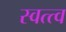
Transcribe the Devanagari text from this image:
स्वत्त्व